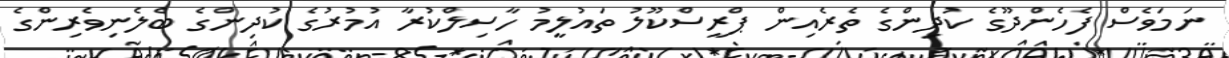
ނަމަވެސް ފެހެންދޫގެ ކުދިންގެ ތެރެއިން ޕްރީސްކޫލު ތައުލީމު ހާސިލްކުރާ އުމުރުގެ ކުދިންގެ ބެލެނިވެރިންގެ